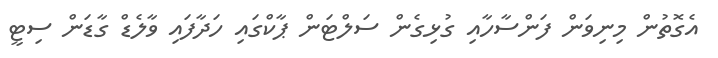
އެގޮތުން މިނިވަން ފަންސާހާއި ގުޅިގެން ސަލްޓަން ޕާކްގައި ހަދާފައި ވާލެޑް ގާޑަން ސިޓީ